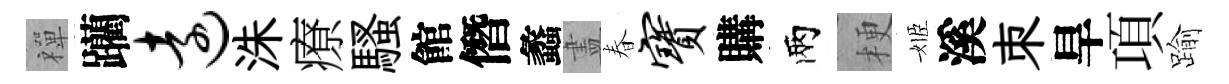
禪躪远洙療騷館僭蠡𥁞春宝購兩梗姬溪朿旱項踰